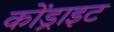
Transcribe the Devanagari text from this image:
कोंड्राइट